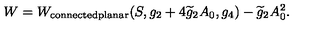
W = W _ { \mathrm { c o n n e c t e d p l a n a r } } ( S , g _ { 2 } + 4 \widetilde { g } _ { 2 } A _ { 0 } , g _ { 4 } ) - \widetilde { g } _ { 2 } A _ { 0 } ^ { 2 } .